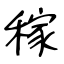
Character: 稼